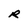
Character: R